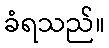
ခံရသည်။